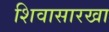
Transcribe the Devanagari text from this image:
शिवासारखा